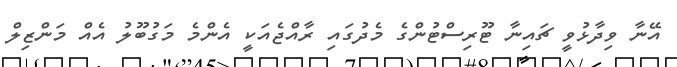
އޭނާ ވިދާޅުވީ ޗައިނާ ޓޫރިސްޓުންގެ މެދުގައި ރާއްޖެއަކީ އެންމެ މަގުބޫލު އެއް މަންޒިލް